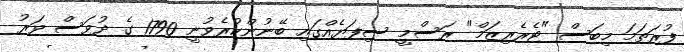
ފުރަތަމަ މިބަސް "ޓެރެރިޒަމް" ރަސްމީ ސިފަޔެއްގައި ބޭނުންކުރެވުނީ 1790 ގެ ދުވަސް ވަރު